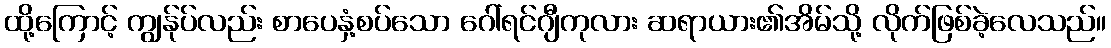
ထို့ကြောင့် ကျွန်ုပ်လည်း စာပေနှံ့စပ်သော ဂေါ်ရင်ဂျီကုလား ဆရာယား၏အိမ်သို့ လိုက်ဖြစ်ခဲ့လေသည်။